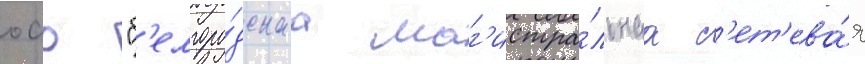
оао "б'елгоро́дскаа маг'истра́льнаа с'ет'ева́я